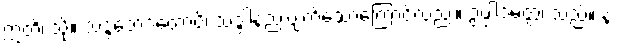
ဣတိ၊ သို့။ သဒ္ဒဘေဒတောပိ၊ သဒ္ဒါနည်းပျက်သောကြောင့်လည်း။ ဥပ္ပါဒမတ္တံ၊ သည်။ န